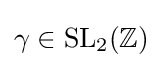
\gamma \in {\text{SL}}_{2}(\mathbb {Z} )